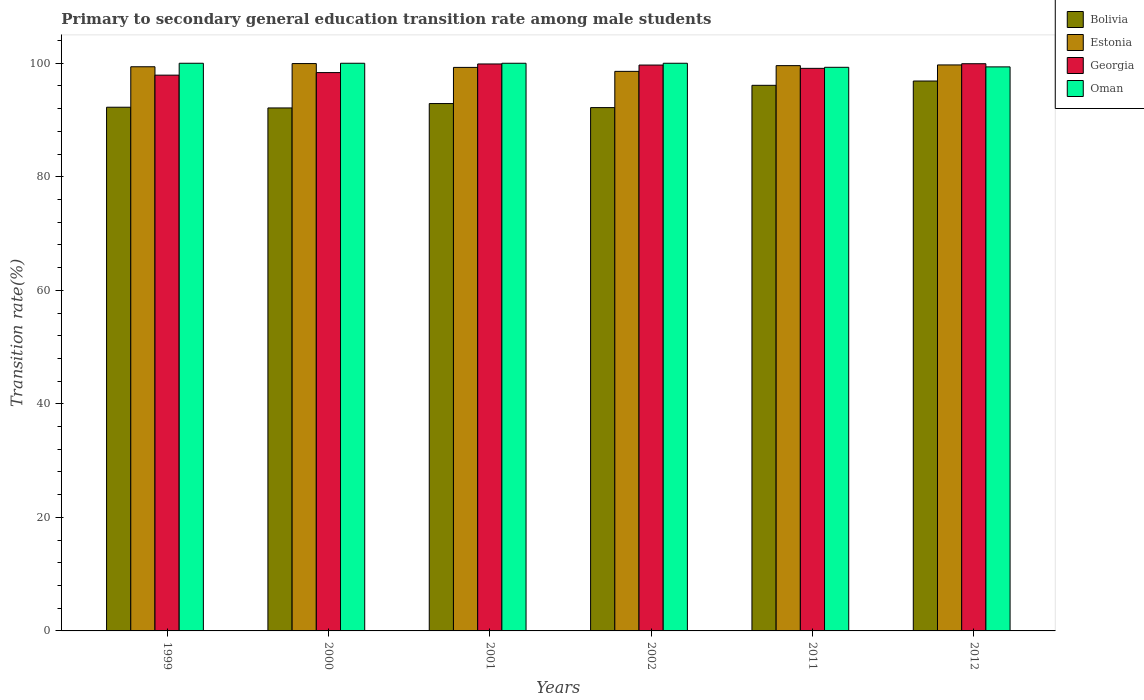
| Years | Bolivia | Estonia | Georgia | Oman |
 | --- | --- | --- | --- | --- |
 | 1999 | 92.3 | 99.4 | 97.9 | 100 |
 | 2000 | 92.1 | 99.9 | 98.4 | 100 |
 | 2001 | 92.9 | 99.3 | 99.9 | 100 |
 | 2002 | 92.2 | 98.6 | 99.7 | 100 |
 | 2011 | 96.1 | 99.6 | 99.1 | 99.3 |
 | 2012 | 96.9 | 99.7 | 99.9 | 99.4 |